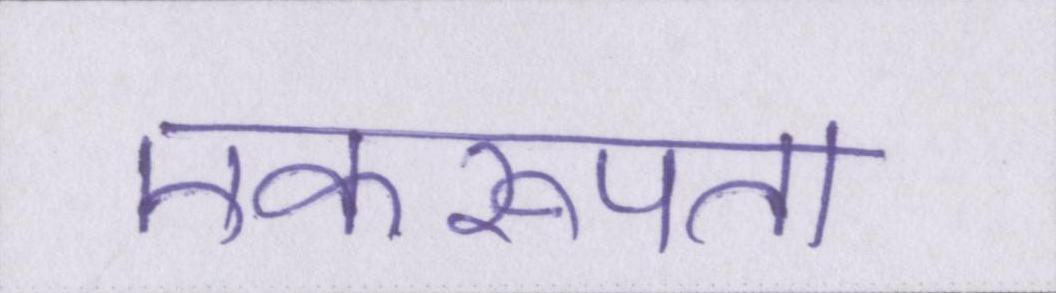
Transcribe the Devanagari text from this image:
एकरूपता